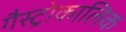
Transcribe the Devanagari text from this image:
गैस्ट्रोकालिक